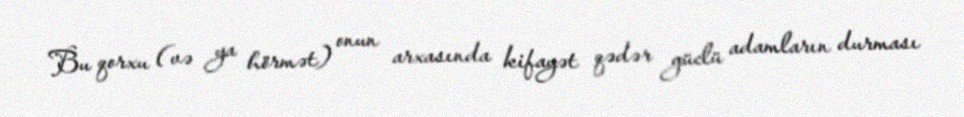
Bu qorxu (və ya hörmət) onun arxasında kifayət qədər güclü adamların durması